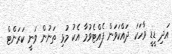
އަދި ޑީޑީ ވާހަކަ ދައްކަވަން ފެއްޓެވުމާ އެކު މުޅި ތަނުން ވަނީ ކަރަންޓް